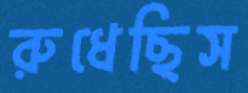
রুধেছিস